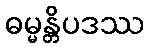
ဓမ္မန္တိပဒဿ